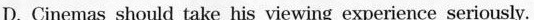
D. Cinemas should take his viewing experience seriously.